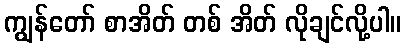
ကျွန်တော် စာအိတ် တစ် အိတ် လိုချင်လို့ပါ။